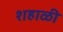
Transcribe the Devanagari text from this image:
शहाळी